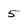
Character: 5